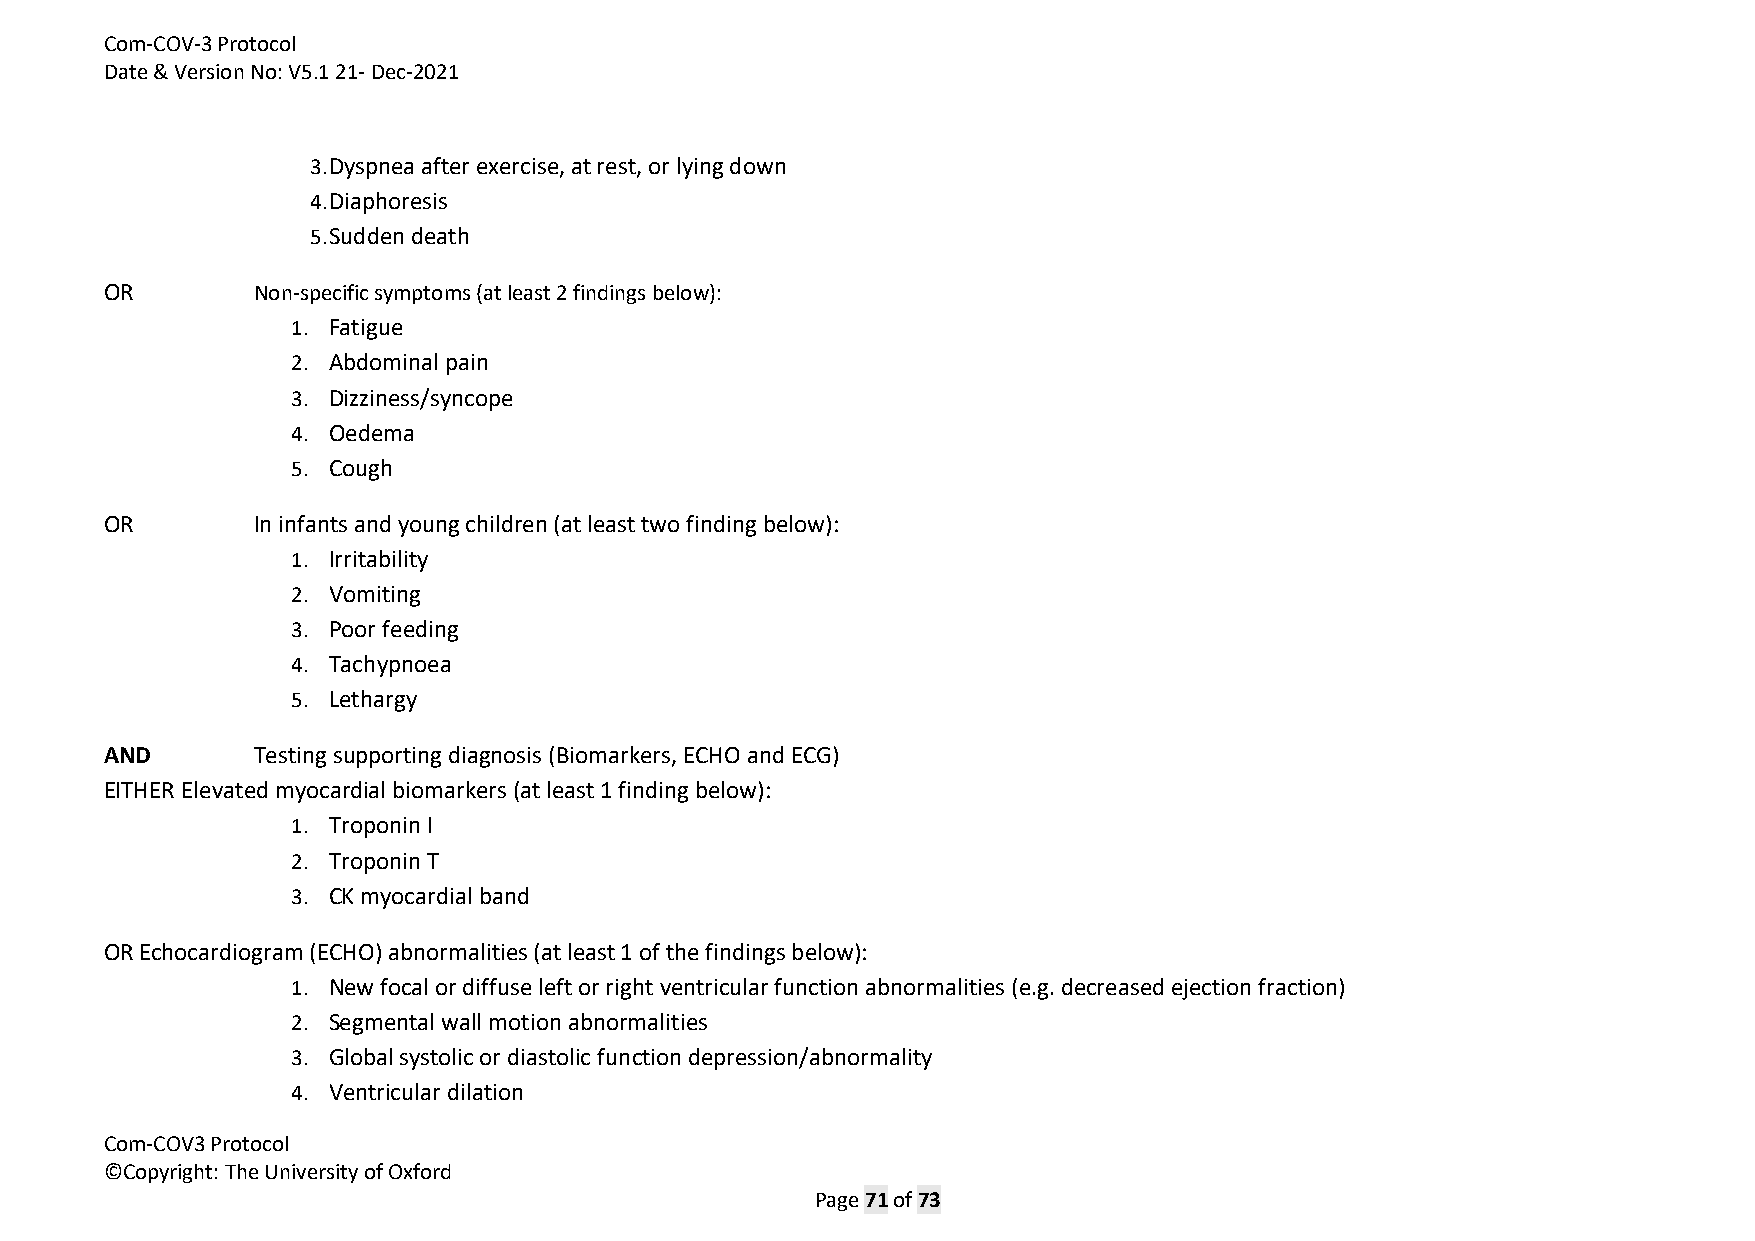
Com-COV-3 Protocol
 Date & Version No: V5.1 21- Dec-2021
 3. Dyspnea after exercise, at rest, or lying down
 4. Diaphoresis
 5. Sudden death
 OR        Non-specific symptoms (at least 2 findings below):
 1. Fatigue
 2. Abdominal pain
 3. Dizziness/syncope
 4. Oedema
 5. Cough
 OR        In infants and young children (at least two finding below):
 1. Irritability
 2. Vomiting
 3. Poor feeding
 4. Tachypnoea
 5. Lethargy
 AND       Testing supporting diagnosis (Biomarkers, ECHO and ECG)
 EITHER Elevated myocardial biomarkers (at least 1 finding below):
 1. Troponin I
 2. Troponin T
 3. CK myocardial band
 OR Echocardiogram (ECHO) abnormalities (at least 1 of the findings below):
 1. New focal or diffuse left or right ventricular function abnormalities (e.g. decreased ejection fraction)
 2. Segmental wall motion abnormalities
 3. Global systolic or diastolic function depression/abnormality
 4. Ventricular dilation
 Com-COV3 Protocol
 ©Copyright: The University of Oxford
 Page 71 of 73